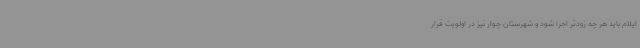
ایلام باید هر چه زودتر اجرا شود و شهرستان چوار نیز در اولویت قرار